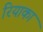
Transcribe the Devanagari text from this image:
रियाका